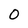
Character: O